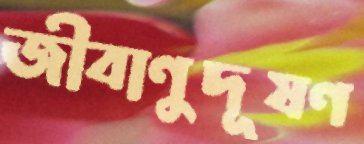
জীবাণুদূষণ